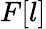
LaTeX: F[l]